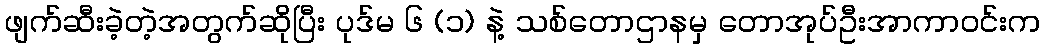
ဖျက်ဆီးခဲ့တဲ့အတွက်ဆိုပြီး ပုဒ်မ ၆ (၁) နဲ့ သစ်တောဌာနမှ တောအုပ်ဦးအာကာဝင်းက